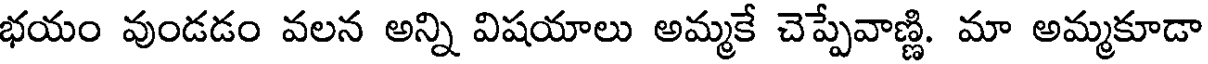
భయం వుండడం వలన అన్ని విషయాలు అమ్మకే చెప్పేవాణ్ణి. మా అమ్మకూడా